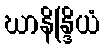
ဃာနိန္ဒြိယံ